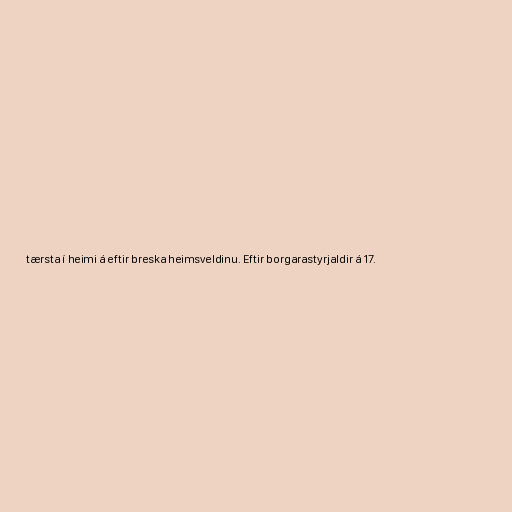
tærsta í heimi á eftir breska heimsveldinu. Eftir borgarastyrjaldir á 17.